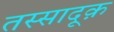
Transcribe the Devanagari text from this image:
तस्सादूक़